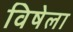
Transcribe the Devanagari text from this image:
विषेला